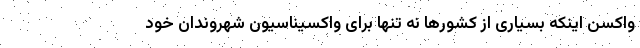
واکسن اینکه بسیاری از کشورها نه تنها برای واکسیناسیون شهروندان خود